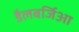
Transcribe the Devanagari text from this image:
डैलबर्जिआ